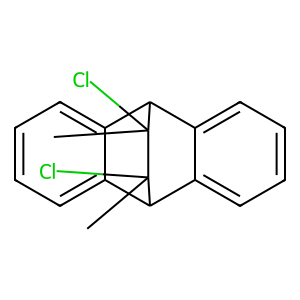
SMILES: CC1(Cl)C2c3ccccc3C(c3ccccc32)C1(C)Cl
Inhibits HIV replication: No